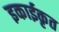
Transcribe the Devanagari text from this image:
इकाईकृत